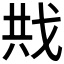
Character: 𪭍